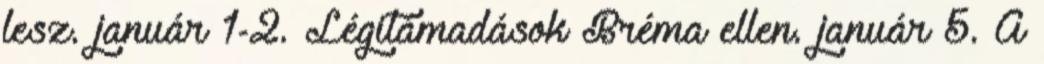
lesz. január 1-2. Légitámadások Bréma ellen. január 5. A